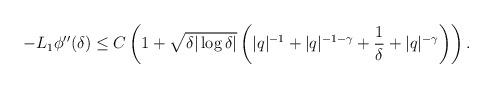
LaTeX: \begin{align*}-L_1 \phi''(\delta) &\le C \left( 1 + \sqrt{\delta|\log\delta|} \left(|q|^{-1} +|q|^{-1-\gamma} +\frac{1} \delta + |q|^{-\gamma} \right) \right).\end{align*}